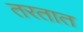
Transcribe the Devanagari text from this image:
तरतात